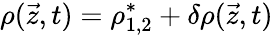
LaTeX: \rho(\vec{z},t)=\rho_{1,2}^{*}+\delta\rho(\vec{z},t)